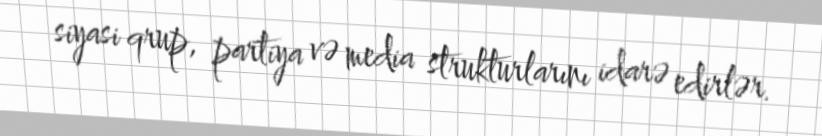
siyasi qrup, partiya və media strukturlarını idarə edirlər.